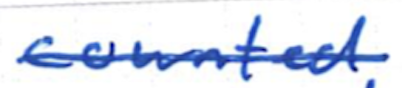
Text: counted
Cross-out: single-line
Writing tool: ballpoint